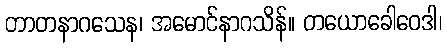
တာတနာဂသေန၊ အမောင်နာဂသိန်။ တယောခေါဝေဒါ၊